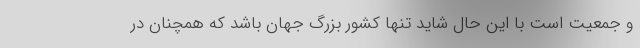
و جمعیت است با این حال شاید تنها کشور بزرگ جهان باشد که همچنان در